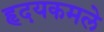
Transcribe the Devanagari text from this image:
हृदयकमले